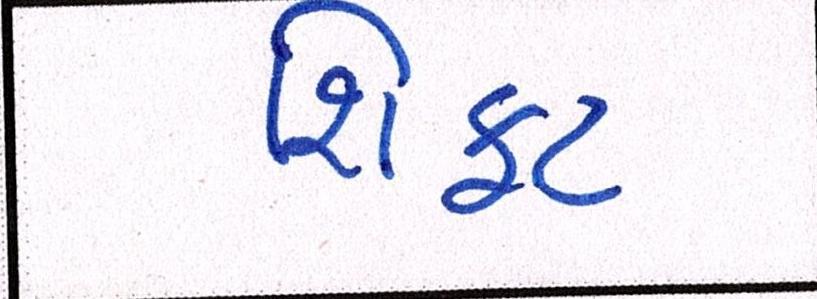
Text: શિફટ